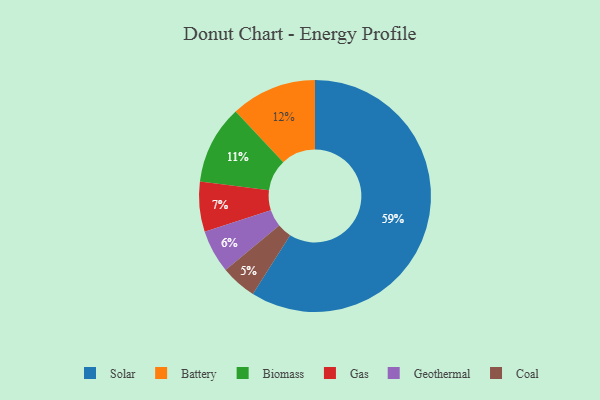
{"axis": {"x": "Category", "y": "Percentage"}, "legend": ["Battery", "Biomass", "Coal", "Gas", "Geothermal", "Solar"], "data": [{"x": "Solar", "y": 59, "type": "Solar"}, {"x": "Biomass", "y": 11, "type": "Biomass"}, {"x": "Coal", "y": 5, "type": "Coal"}, {"x": "Battery", "y": 12, "type": "Battery"}, {"x": "Gas", "y": 7, "type": "Gas"}, {"x": "Geothermal", "y": 6, "type": "Geothermal"}]}